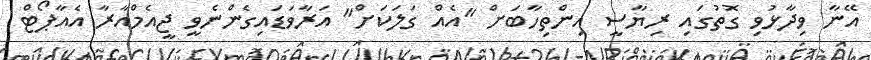
އޭނާ ވިދާޅުވި ގޮތުގައި ރިޔާސީ އިންތިހާބަށް "އެއް ގަލަކަށް" އަރާވަޑައިގެންނެވީ ޖީއެމްއާރާ އެއާޕޯޓް